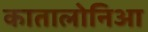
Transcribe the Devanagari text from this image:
कातालोनिआ